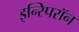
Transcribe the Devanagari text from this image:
इन्स्पिरॉन